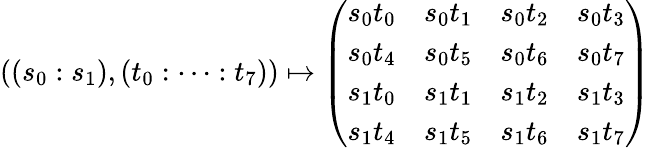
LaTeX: ((s_{0}:s_{1}),(t_{0}:\dots:t_{7}))\mapsto\left(\begin{array}{llll}{s_{0}t_{0}}&{s_{0}t_{1}}&{s_{0}t_{2}}&{s_{0}t_{3}}\\ {s_{0}t_{4}}&{s_{0}t_{5}}&{s_{0}t_{6}}&{s_{0}t_{7}}\\ {s_{1}t_{0}}&{s_{1}t_{1}}&{s_{1}t_{2}}&{s_{1}t_{3}}\\ {s_{1}t_{4}}&{s_{1}t_{5}}&{s_{1}t_{6}}&{s_{1}t_{7}}\end{array}\right)